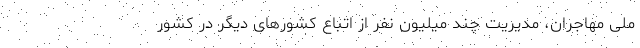
ملی مهاجران، مدیریت چند میلیون نفر از اتباع کشورهای دیگر در کشور